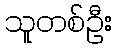
သူတစ်ဦး